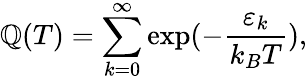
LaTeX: \mathbb{Q}(T)=\sum_{k=0}^{\infty}\exp(-\frac{{\varepsilon_{k}}}{{k_{B}T}}),